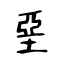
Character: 堊